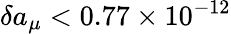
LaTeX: \delta a_{\mu}<0.77\times 10^{-12}